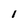
Character: 1